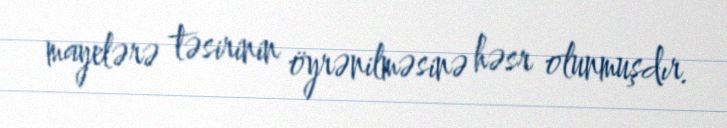
mayelərə təsirinin öyrənilməsinə həsr olunmuşdır.